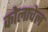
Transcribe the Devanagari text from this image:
कोलाचेल